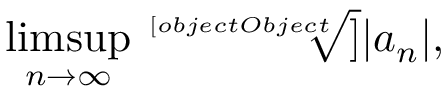
\operatorname* { l i m s u p } _ { n \rightarrow \infty } { \sqrt [ [object Object] ] { | a _ { n } | } } ,